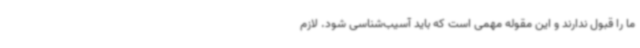
ما را قبول ندارند و این مقوله مهمی است که باید آسیب‌شناسی شود. لازم